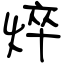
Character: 焠